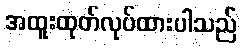
အထူးထုတ်လုပ်ထားပါသည်